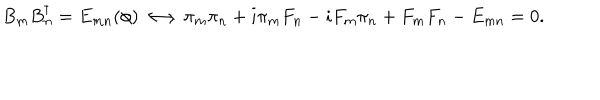
LaTeX: B _ { m } B _ { n } ^ { \dagger } = E _ { m n } ( \phi ) \longleftrightarrow \pi _ { m } \pi _ { n } + i \pi _ { m } F _ { n } - i F _ { m } \pi _ { n } + F _ { m } F _ { n } - E _ { m n } = 0 .